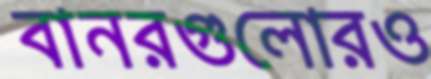
বানরগুলোরও